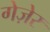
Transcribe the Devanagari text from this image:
गेज़ेर